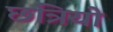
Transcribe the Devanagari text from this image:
छत्रियो